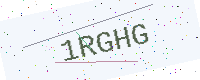
Text: 1RGHG